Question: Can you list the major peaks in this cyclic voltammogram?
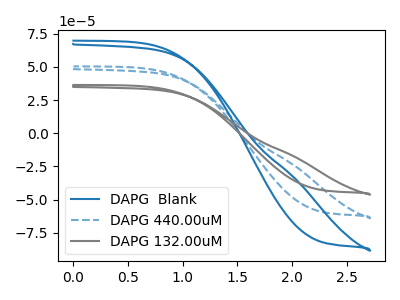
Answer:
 <answer>The blue curve "DAPG  Blank" has no peaks. The blue dashed curve "DAPG 440.00uM" has no peaks. The gray curve "DAPG 132.00uM" has no peaks.</answer>
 <eval></eval>